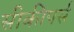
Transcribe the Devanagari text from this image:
सीकीपर्स